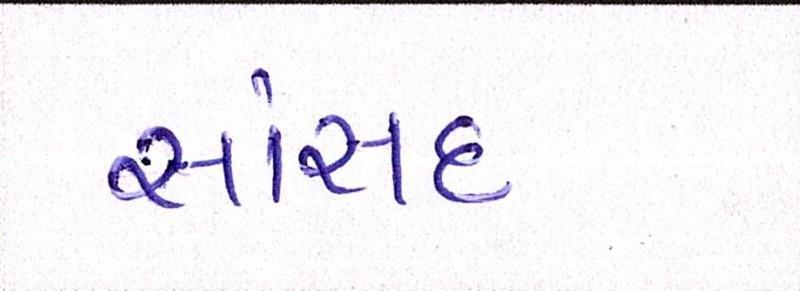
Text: સાંસદ